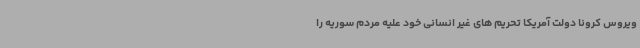
ویروس کرونا دولت آمریکا تحریم های غیر انسانی خود علیه مردم سوریه را